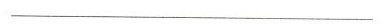
___